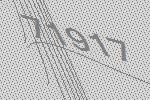
71917